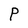
Character: P